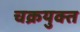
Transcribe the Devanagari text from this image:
चक्रयुक्त